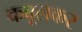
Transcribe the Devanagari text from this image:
कबूलकर